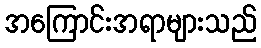
အကြောင်းအရာများသည်